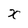
Character: X